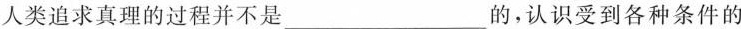
人类追求真理的过程并不是___的，认识受到各种条件的